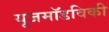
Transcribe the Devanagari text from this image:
यूजमॉडविकी